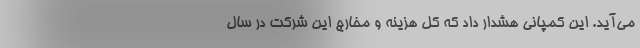
می‌آید. این کمپانی هشدار داد که کل هزینه‌ و مخارج این شرکت در سال